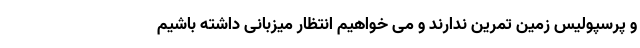
و پرسپولیس زمین تمرین ندارند و می خواهیم انتظار میزبانی داشته باشیم